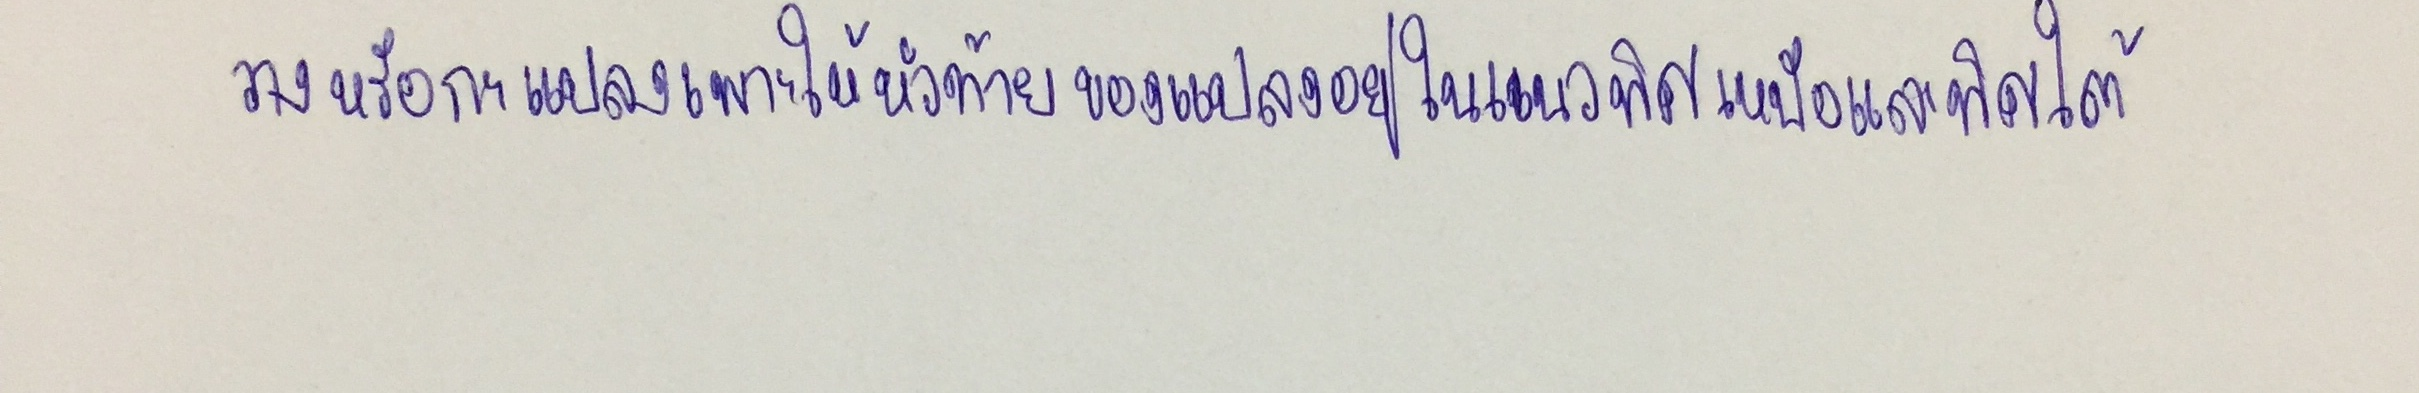
วางหรือกะแปลงเพาะให้หัวท้ายของแปลงอยู่ในแนวทิศเหนือและทิศใต้